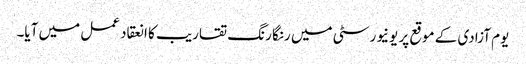
یوم آزادی کے موقع پر یونیورسٹی میں رنگا رنگ تقاریب کا انعقاد عمل میں آیا۔